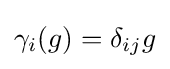
\gamma _{i}(g)=\delta _{ij}g